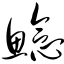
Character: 鲶